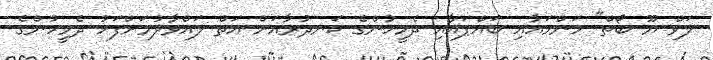
ލަވް ޔޫ ބޯތް" މަންމައާއި ބައްޕައާއި ދެމީހުންގެ ކަނދުރާއަށް އަތް ލައްވާލުމަށްފަހު ދެމީހުންގެ